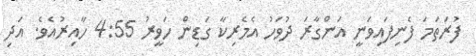
ފުރަތަމަ ފެނިފައިވަނީ އަންގާރަ ދުވަހު އެމެރިކާ ގަޑިން ހަވީރު 4:55 ހާއިރުއެވެ. އަދި